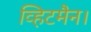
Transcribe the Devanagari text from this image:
व्हिटमैन।